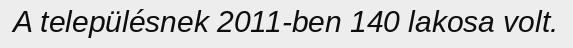
A településnek 2011-ben 140 lakosa volt.